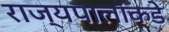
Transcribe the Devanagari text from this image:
राज्यपालांकडे